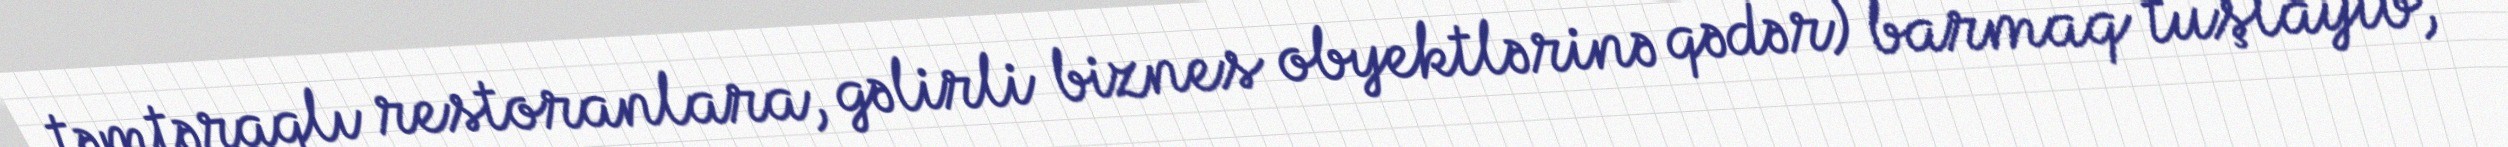
təmtəraqlı restoranlara, gəlirli biznes obyektlərinə qədər) barmaq tuşlayıb,